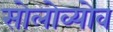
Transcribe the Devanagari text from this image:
सोलोव्योव